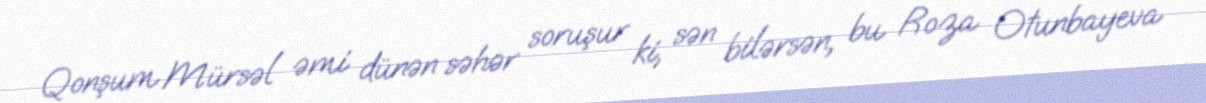
Qonşum Mürsəl əmi dünən səhər soruşur ki, sən bilərsən, bu Roza Otunbayeva